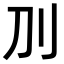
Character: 𠚥